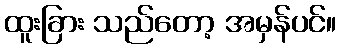
ထူးခြား သည်တော့ အမှန်ပင်။